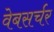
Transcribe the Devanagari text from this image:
वेबसर्चर